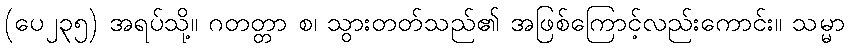
(ပေ၂၃၅) အရပ်သို့။ ဂတတ္တာ စ၊ သွားတတ်သည်၏ အဖြစ်ကြောင့်လည်းကောင်း။ သမ္မာ